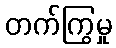
တက်ကြွမှု